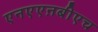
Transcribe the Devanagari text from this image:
एनएएऩबीएच